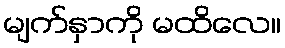
မျက်နှာကို မထိလေ။